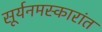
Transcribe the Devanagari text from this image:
सूर्यनमस्कारांत